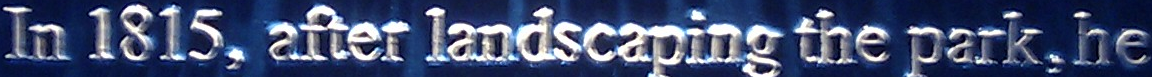
In 1815, after landscaping the park, he